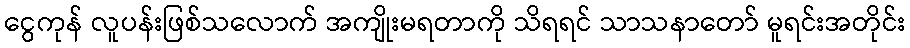
ငွေကုန် လူပန်းဖြစ်သလောက် အကျိုးမရတာကို သိရရင် သာသနာတော် မူရင်းအတိုင်း